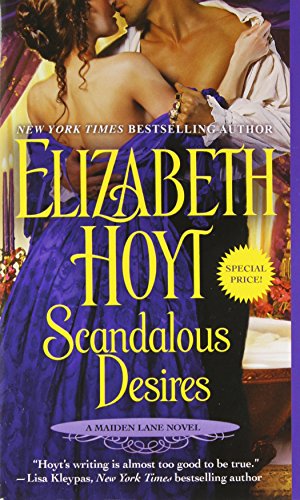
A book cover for Scandalous Desires (Maiden Lane); Elizabeth Hoyt; Literature & Fiction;